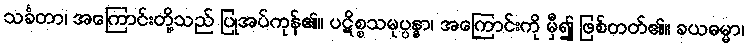
သင်္ခတာ၊ အကြောင်းတို့သည် ပြုအပ်ကုန်၏။ ပဋိစ္စသမုပ္ပန္နာ၊ အကြောင်းကို မှီ၍ ဖြစ်တတ်၏။ ခယဓမ္မာ၊